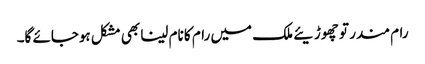
رام مندر تو چھوڑیئے ملک میں رام کا نام لینا بھی مشکل ہوجائے گا۔